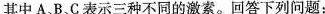
其中A、B，C表示三种不同的激素。回答下列问题：